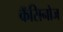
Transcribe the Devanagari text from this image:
कॅसिनोज